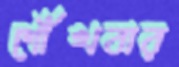
শোঁখবার